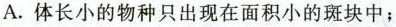
A.体长小的物种只出现在面积小的斑块中；